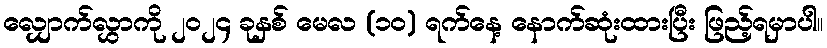
လျှောက်လွှာကို ၂၀၂၄ ခုနှစ် မေလ (၁၀) ရက်နေ့ နောက်ဆုံးထားပြီး ဖြည့်ရမှာပါ။